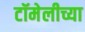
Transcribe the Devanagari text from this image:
टॉमेलीच्या